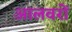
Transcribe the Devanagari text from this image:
आलवरों